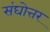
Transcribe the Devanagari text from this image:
संघोत्तर